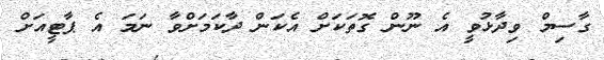
ގާސިމް ވިދާޅުވީ އެ ނޫން ގޮތަކަށް އެކަން ދާކަމަށްވާ ނަމަ އެ ޕާޓީއަށް